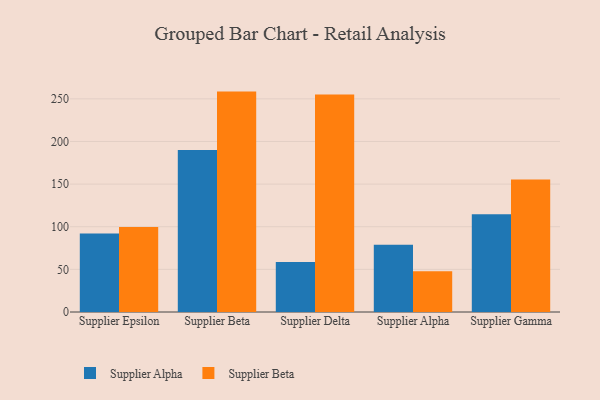
{"axis": {"x": "Supplier", "y": "Net Income (USD K)"}, "legend": ["Supplier Alpha", "Supplier Beta"], "data": [{"x": "Supplier Epsilon", "y": 92.2, "type": "Supplier Alpha"}, {"x": "Supplier Epsilon", "y": 99.7, "type": "Supplier Beta"}, {"x": "Supplier Beta", "y": 190.1, "type": "Supplier Alpha"}, {"x": "Supplier Beta", "y": 258.5, "type": "Supplier Beta"}, {"x": "Supplier Delta", "y": 58.7, "type": "Supplier Alpha"}, {"x": "Supplier Delta", "y": 255.0, "type": "Supplier Beta"}, {"x": "Supplier Alpha", "y": 78.8, "type": "Supplier Alpha"}, {"x": "Supplier Alpha", "y": 47.9, "type": "Supplier Beta"}, {"x": "Supplier Gamma", "y": 114.7, "type": "Supplier Alpha"}, {"x": "Supplier Gamma", "y": 155.3, "type": "Supplier Beta"}]}